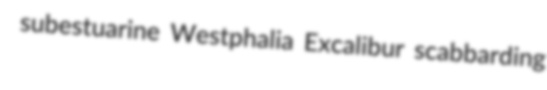
subestuarine Westphalia Excalibur scabbarding